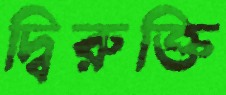
দ্বিরুক্তি